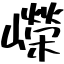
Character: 嶸